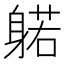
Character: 𰹃